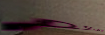
قدومكم